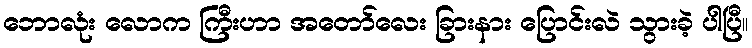
ဘောလုံး လောက ကြီးဟာ အတော်လေး ခြားနား ပြောင်းလဲ သွားခဲ့ ပါပြီ။